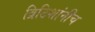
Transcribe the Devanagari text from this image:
ब्रिटिशांनीच